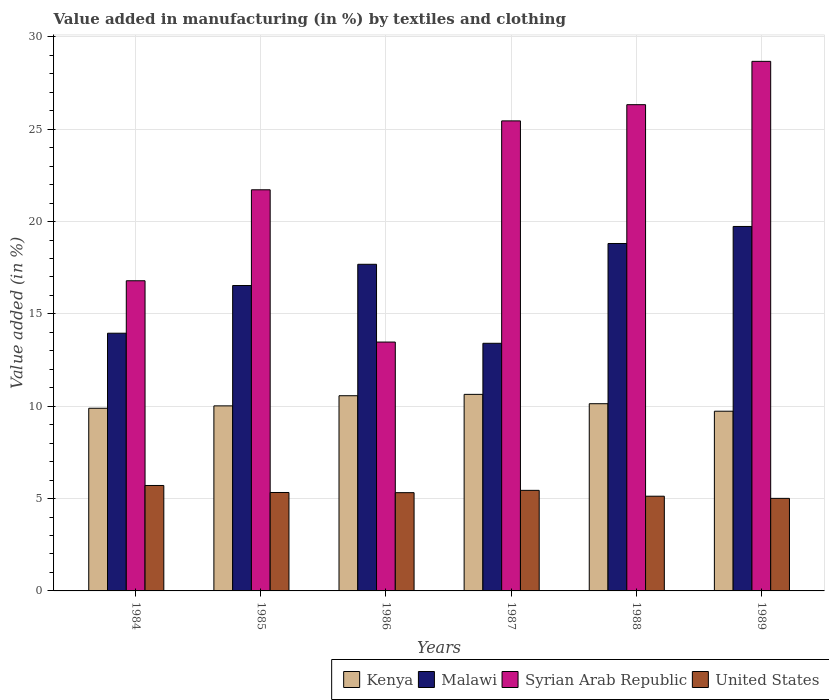
| Years | Kenya | Malawi | Syrian Arab Republic | United States |
 | --- | --- | --- | --- | --- |
 | 1984 | 9.89 | 14 | 16.8 | 5.71 |
 | 1985 | 10 | 16.5 | 21.7 | 5.33 |
 | 1986 | 10.6 | 17.7 | 13.5 | 5.32 |
 | 1987 | 10.6 | 13.4 | 25.5 | 5.45 |
 | 1988 | 10.1 | 18.8 | 26.3 | 5.13 |
 | 1989 | 9.73 | 19.7 | 28.7 | 5.01 |